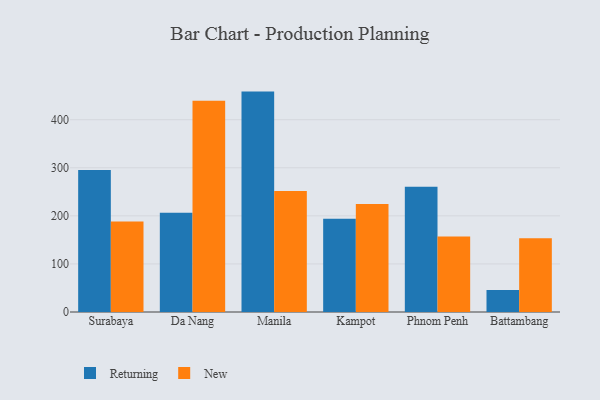
{"axis": {"x": "City", "y": "Gross Profit (USD K)"}, "legend": ["New", "Returning"], "data": [{"x": "Surabaya", "y": 295.3, "type": "Returning"}, {"x": "Surabaya", "y": 188.4, "type": "New"}, {"x": "Da Nang", "y": 206.7, "type": "Returning"}, {"x": "Da Nang", "y": 439.7, "type": "New"}, {"x": "Manila", "y": 458.5, "type": "Returning"}, {"x": "Manila", "y": 251.8, "type": "New"}, {"x": "Kampot", "y": 193.9, "type": "Returning"}, {"x": "Kampot", "y": 224.7, "type": "New"}, {"x": "Phnom Penh", "y": 260.4, "type": "Returning"}, {"x": "Phnom Penh", "y": 156.9, "type": "New"}, {"x": "Battambang", "y": 45.8, "type": "Returning"}, {"x": "Battambang", "y": 153.4, "type": "New"}]}